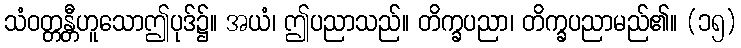
သံဝတ္တန္တီဟူသောဤပုဒ်၌။ အယံ၊ ဤပညာသည်။ တိက္ခပညာ၊ တိက္ခပညာမည်၏။ (၁၅)